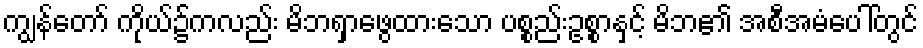
ကျွန်တော် ကိုယ်၌ကလည်း မိဘရှာဖွေထားသော ပစ္စည်းဥစ္စာနှင့် မိဘ၏ အစီအမံပေါ်တွင်